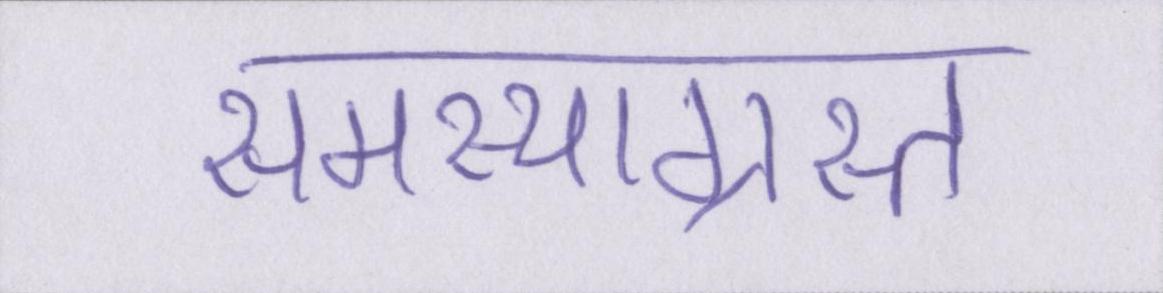
समस्याग्रस्त